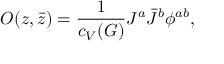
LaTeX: O ( z , \bar { z } ) = { \frac { 1 } { c _ { V } ( G ) } } J ^ { a } \bar { J } ^ { b } \phi ^ { a b } ,